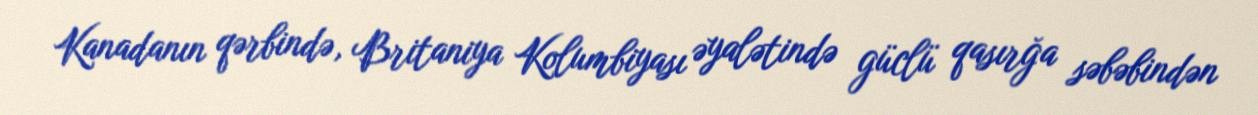
Kanadanın qərbində, Britaniya Kolumbiyası əyalətində güclü qasırğa səbəbindən